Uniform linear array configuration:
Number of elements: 32
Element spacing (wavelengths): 1
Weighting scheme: exponential
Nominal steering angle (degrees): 60
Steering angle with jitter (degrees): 58.603
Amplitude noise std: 0.05
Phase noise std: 0.05

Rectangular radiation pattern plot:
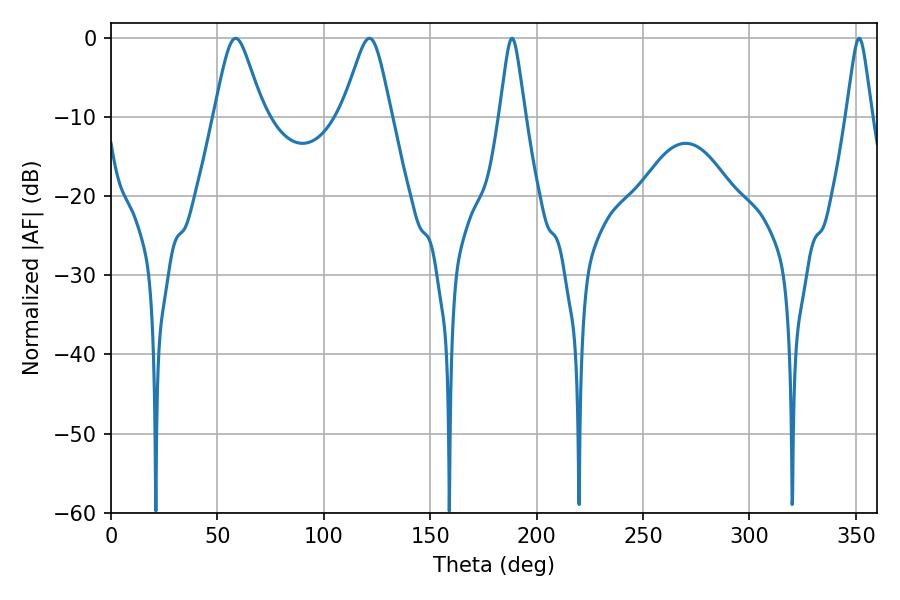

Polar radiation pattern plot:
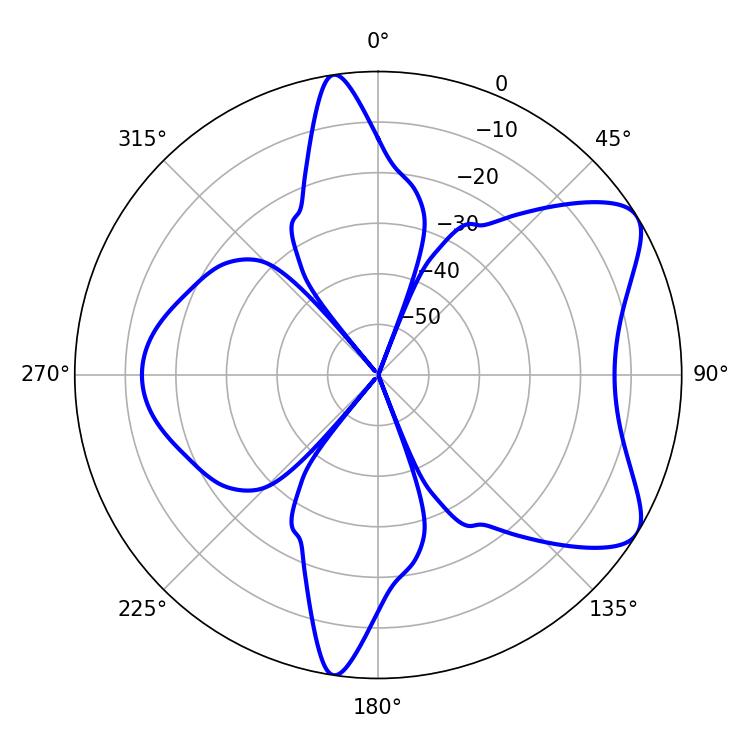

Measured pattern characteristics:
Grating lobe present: TRUE
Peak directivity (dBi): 7.409
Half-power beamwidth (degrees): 5.76
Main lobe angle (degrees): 188.46